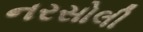
નરસોલી